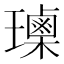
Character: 𰢕